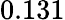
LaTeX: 0.131